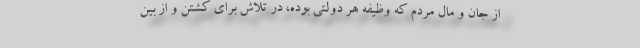
از جان و مال مردم که وظیفه هر دولتی بوده، در تلاش برای کشتن و از بین